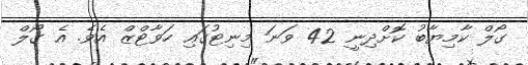
ގޯލް ކާމިޔާބު ކޮށްދިނީ 42 ވަނަ މިނިޓުގައި ހަވާޓްޒް އެވެ. އެ ގޯލް